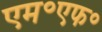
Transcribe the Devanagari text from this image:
एम॰एफ॰